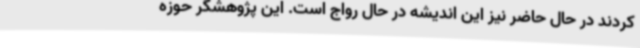
کردند در حال حاضر نیز این اندیشه در حال رواج است. این پژوهشگر حوزه